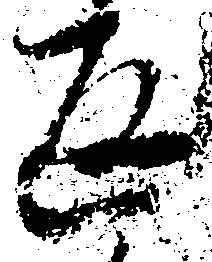
返